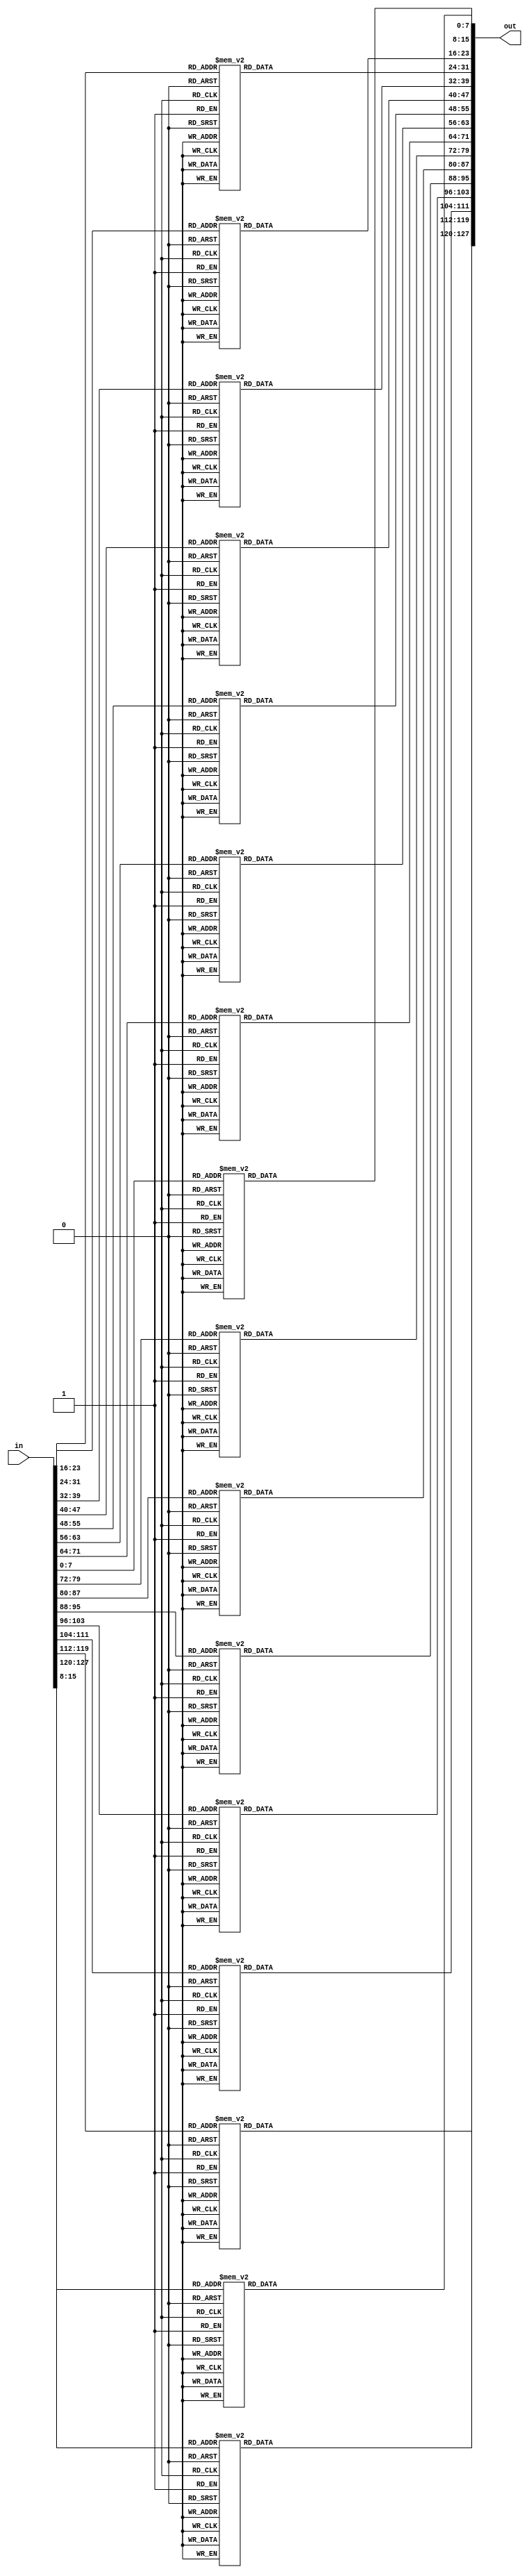
module SubBytes #(parameter numbytes = 5'd16) (input [(8*numbytes - 1):0] in, output reg [(8*numbytes-1):0] out);
    integer i;
    reg [7:0] address;
    always@(*) begin
        for(i = 0; i < numbytes; i = i + 1) begin
            address = in[i*8 +: 8];
            case (address)
                8'h0 : out[i*8+:8] = 8'h63;
                8'h1 : out[i*8+:8] = 8'h7C;
                8'h2 : out[i*8+:8] = 8'h77;
                8'h3 : out[i*8+:8] = 8'h7B;
                8'h4 : out[i*8+:8] = 8'hF2;
                8'h5 : out[i*8+:8] = 8'h6B;
                8'h6 : out[i*8+:8] = 8'h6F;
                8'h7 : out[i*8+:8] = 8'hC5;
                8'h8 : out[i*8+:8] = 8'h30;
                8'h9 : out[i*8+:8] = 8'h1;
                8'hA : out[i*8+:8] = 8'h67;
                8'hB : out[i*8+:8] = 8'h2B;
                8'hC : out[i*8+:8] = 8'hFE;
                8'hD : out[i*8+:8] = 8'hD7;
                8'hE : out[i*8+:8] = 8'hAB;
                8'hF : out[i*8+:8] = 8'h76;
                8'h10 : out[i*8+:8] = 8'hCA;
                8'h11 : out[i*8+:8] = 8'h82;
                8'h12 : out[i*8+:8] = 8'hC9;
                8'h13 : out[i*8+:8] = 8'h7D;
                8'h14 : out[i*8+:8] = 8'hFA;
                8'h15 : out[i*8+:8] = 8'h59;
                8'h16 : out[i*8+:8] = 8'h47;
                8'h17 : out[i*8+:8] = 8'hF0;
                8'h18 : out[i*8+:8] = 8'hAD;
                8'h19 : out[i*8+:8] = 8'hD4;
                8'h1A : out[i*8+:8] = 8'hA2;
                8'h1B : out[i*8+:8] = 8'hAF;
                8'h1C : out[i*8+:8] = 8'h9C;
                8'h1D : out[i*8+:8] = 8'hA4;
                8'h1E : out[i*8+:8] = 8'h72;
                8'h1F : out[i*8+:8] = 8'hC0;
                8'h20 : out[i*8+:8] = 8'hB7;
                8'h21 : out[i*8+:8] = 8'hFD;
                8'h22 : out[i*8+:8] = 8'h93;
                8'h23 : out[i*8+:8] = 8'h26;
                8'h24 : out[i*8+:8] = 8'h36;
                8'h25 : out[i*8+:8] = 8'h3F;
                8'h26 : out[i*8+:8] = 8'hF7;
                8'h27 : out[i*8+:8] = 8'hCC;
                8'h28 : out[i*8+:8] = 8'h34;
                8'h29 : out[i*8+:8] = 8'hA5;
                8'h2A : out[i*8+:8] = 8'hE5;
                8'h2B : out[i*8+:8] = 8'hF1;
                8'h2C : out[i*8+:8] = 8'h71;
                8'h2D : out[i*8+:8] = 8'hD8;
                8'h2E : out[i*8+:8] = 8'h31;
                8'h2F : out[i*8+:8] = 8'h15;
                8'h30 : out[i*8+:8] = 8'h4;
                8'h31 : out[i*8+:8] = 8'hC7;
                8'h32 : out[i*8+:8] = 8'h23;
                8'h33 : out[i*8+:8] = 8'hC3;
                8'h34 : out[i*8+:8] = 8'h18;
                8'h35 : out[i*8+:8] = 8'h96;
                8'h36 : out[i*8+:8] = 8'h5;
                8'h37 : out[i*8+:8] = 8'h9A;
                8'h38 : out[i*8+:8] = 8'h7;
                8'h39 : out[i*8+:8] = 8'h12;
                8'h3A : out[i*8+:8] = 8'h80;
                8'h3B : out[i*8+:8] = 8'hE2;
                8'h3C : out[i*8+:8] = 8'hEB;
                8'h3D : out[i*8+:8] = 8'h27;
                8'h3E : out[i*8+:8] = 8'hB2;
                8'h3F : out[i*8+:8] = 8'h75;
                8'h40 : out[i*8+:8] = 8'h9;
                8'h41 : out[i*8+:8] = 8'h83;
                8'h42 : out[i*8+:8] = 8'h2C;
                8'h43 : out[i*8+:8] = 8'h1A;
                8'h44 : out[i*8+:8] = 8'h1B;
                8'h45 : out[i*8+:8] = 8'h6E;
                8'h46 : out[i*8+:8] = 8'h5A;
                8'h47 : out[i*8+:8] = 8'hA0;
                8'h48 : out[i*8+:8] = 8'h52;
                8'h49 : out[i*8+:8] = 8'h3B;
                8'h4A : out[i*8+:8] = 8'hD6;
                8'h4B : out[i*8+:8] = 8'hB3;
                8'h4C : out[i*8+:8] = 8'h29;
                8'h4D : out[i*8+:8] = 8'hE3;
                8'h4E : out[i*8+:8] = 8'h2F;
                8'h4F : out[i*8+:8] = 8'h84;
                8'h50 : out[i*8+:8] = 8'h53;
                8'h51 : out[i*8+:8] = 8'hD1;
                8'h52 : out[i*8+:8] = 8'h0;
                8'h53 : out[i*8+:8] = 8'hED;
                8'h54 : out[i*8+:8] = 8'h20;
                8'h55 : out[i*8+:8] = 8'hFC;
                8'h56 : out[i*8+:8] = 8'hB1;
                8'h57 : out[i*8+:8] = 8'h5B;
                8'h58 : out[i*8+:8] = 8'h6A;
                8'h59 : out[i*8+:8] = 8'hCB;
                8'h5A : out[i*8+:8] = 8'hBE;
                8'h5B : out[i*8+:8] = 8'h39;
                8'h5C : out[i*8+:8] = 8'h4A;
                8'h5D : out[i*8+:8] = 8'h4C;
                8'h5E : out[i*8+:8] = 8'h58;
                8'h5F : out[i*8+:8] = 8'hCF;
                8'h60 : out[i*8+:8] = 8'hD0;
                8'h61 : out[i*8+:8] = 8'hEF;
                8'h62 : out[i*8+:8] = 8'hAA;
                8'h63 : out[i*8+:8] = 8'hFB;
                8'h64 : out[i*8+:8] = 8'h43;
                8'h65 : out[i*8+:8] = 8'h4D;
                8'h66 : out[i*8+:8] = 8'h33;
                8'h67 : out[i*8+:8] = 8'h85;
                8'h68 : out[i*8+:8] = 8'h45;
                8'h69 : out[i*8+:8] = 8'hF9;
                8'h6A : out[i*8+:8] = 8'h2;
                8'h6B : out[i*8+:8] = 8'h7F;
                8'h6C : out[i*8+:8] = 8'h50;
                8'h6D : out[i*8+:8] = 8'h3C;
                8'h6E : out[i*8+:8] = 8'h9F;
                8'h6F : out[i*8+:8] = 8'hA8;
                8'h70 : out[i*8+:8] = 8'h51;
                8'h71 : out[i*8+:8] = 8'hA3;
                8'h72 : out[i*8+:8] = 8'h40;
                8'h73 : out[i*8+:8] = 8'h8F;
                8'h74 : out[i*8+:8] = 8'h92;
                8'h75 : out[i*8+:8] = 8'h9D;
                8'h76 : out[i*8+:8] = 8'h38;
                8'h77 : out[i*8+:8] = 8'hF5;
                8'h78 : out[i*8+:8] = 8'hBC;
                8'h79 : out[i*8+:8] = 8'hB6;
                8'h7A : out[i*8+:8] = 8'hDA;
                8'h7B : out[i*8+:8] = 8'h21;
                8'h7C : out[i*8+:8] = 8'h10;
                8'h7D : out[i*8+:8] = 8'hFF;
                8'h7E : out[i*8+:8] = 8'hF3;
                8'h7F : out[i*8+:8] = 8'hD2;
                8'h80 : out[i*8+:8] = 8'hCD;
                8'h81 : out[i*8+:8] = 8'hC;
                8'h82 : out[i*8+:8] = 8'h13;
                8'h83 : out[i*8+:8] = 8'hEC;
                8'h84 : out[i*8+:8] = 8'h5F;
                8'h85 : out[i*8+:8] = 8'h97;
                8'h86 : out[i*8+:8] = 8'h44;
                8'h87 : out[i*8+:8] = 8'h17;
                8'h88 : out[i*8+:8] = 8'hC4;
                8'h89 : out[i*8+:8] = 8'hA7;
                8'h8A : out[i*8+:8] = 8'h7E;
                8'h8B : out[i*8+:8] = 8'h3D;
                8'h8C : out[i*8+:8] = 8'h64;
                8'h8D : out[i*8+:8] = 8'h5D;
                8'h8E : out[i*8+:8] = 8'h19;
                8'h8F : out[i*8+:8] = 8'h73;
                8'h90 : out[i*8+:8] = 8'h60;
                8'h91 : out[i*8+:8] = 8'h81;
                8'h92 : out[i*8+:8] = 8'h4F;
                8'h93 : out[i*8+:8] = 8'hDC;
                8'h94 : out[i*8+:8] = 8'h22;
                8'h95 : out[i*8+:8] = 8'h2A;
                8'h96 : out[i*8+:8] = 8'h90;
                8'h97 : out[i*8+:8] = 8'h88;
                8'h98 : out[i*8+:8] = 8'h46;
                8'h99 : out[i*8+:8] = 8'hEE;
                8'h9A : out[i*8+:8] = 8'hB8;
                8'h9B : out[i*8+:8] = 8'h14;
                8'h9C : out[i*8+:8] = 8'hDE;
                8'h9D : out[i*8+:8] = 8'h5E;
                8'h9E : out[i*8+:8] = 8'hB;
                8'h9F : out[i*8+:8] = 8'hDB;
                8'hA0 : out[i*8+:8] = 8'hE0;
                8'hA1 : out[i*8+:8] = 8'h32;
                8'hA2 : out[i*8+:8] = 8'h3A;
                8'hA3 : out[i*8+:8] = 8'hA;
                8'hA4 : out[i*8+:8] = 8'h49;
                8'hA5 : out[i*8+:8] = 8'h6;
                8'hA6 : out[i*8+:8] = 8'h24;
                8'hA7 : out[i*8+:8] = 8'h5C;
                8'hA8 : out[i*8+:8] = 8'hC2;
                8'hA9 : out[i*8+:8] = 8'hD3;
                8'hAA : out[i*8+:8] = 8'hAC;
                8'hAB : out[i*8+:8] = 8'h62;
                8'hAC : out[i*8+:8] = 8'h91;
                8'hAD : out[i*8+:8] = 8'h95;
                8'hAE : out[i*8+:8] = 8'hE4;
                8'hAF : out[i*8+:8] = 8'h79;
                8'hB0 : out[i*8+:8] = 8'hE7;
                8'hB1 : out[i*8+:8] = 8'hC8;
                8'hB2 : out[i*8+:8] = 8'h37;
                8'hB3 : out[i*8+:8] = 8'h6D;
                8'hB4 : out[i*8+:8] = 8'h8D;
                8'hB5 : out[i*8+:8] = 8'hD5;
                8'hB6 : out[i*8+:8] = 8'h4E;
                8'hB7 : out[i*8+:8] = 8'hA9;
                8'hB8 : out[i*8+:8] = 8'h6C;
                8'hB9 : out[i*8+:8] = 8'h56;
                8'hBA : out[i*8+:8] = 8'hF4;
                8'hBB : out[i*8+:8] = 8'hEA;
                8'hBC : out[i*8+:8] = 8'h65;
                8'hBD : out[i*8+:8] = 8'h7A;
                8'hBE : out[i*8+:8] = 8'hAE;
                8'hBF : out[i*8+:8] = 8'h8;
                8'hC0 : out[i*8+:8] = 8'hBA;
                8'hC1 : out[i*8+:8] = 8'h78;
                8'hC2 : out[i*8+:8] = 8'h25;
                8'hC3 : out[i*8+:8] = 8'h2E;
                8'hC4 : out[i*8+:8] = 8'h1C;
                8'hC5 : out[i*8+:8] = 8'hA6;
                8'hC6 : out[i*8+:8] = 8'hB4;
                8'hC7 : out[i*8+:8] = 8'hC6;
                8'hC8 : out[i*8+:8] = 8'hE8;
                8'hC9 : out[i*8+:8] = 8'hDD;
                8'hCA : out[i*8+:8] = 8'h74;
                8'hCB : out[i*8+:8] = 8'h1F;
                8'hCC : out[i*8+:8] = 8'h4B;
                8'hCD : out[i*8+:8] = 8'hBD;
                8'hCE : out[i*8+:8] = 8'h8B;
                8'hCF : out[i*8+:8] = 8'h8A;
                8'hD0 : out[i*8+:8] = 8'h70;
                8'hD1 : out[i*8+:8] = 8'h3E;
                8'hD2 : out[i*8+:8] = 8'hB5;
                8'hD3 : out[i*8+:8] = 8'h66;
                8'hD4 : out[i*8+:8] = 8'h48;
                8'hD5 : out[i*8+:8] = 8'h3;
                8'hD6 : out[i*8+:8] = 8'hF6;
                8'hD7 : out[i*8+:8] = 8'hE;
                8'hD8 : out[i*8+:8] = 8'h61;
                8'hD9 : out[i*8+:8] = 8'h35;
                8'hDA : out[i*8+:8] = 8'h57;
                8'hDB : out[i*8+:8] = 8'hB9;
                8'hDC : out[i*8+:8] = 8'h86;
                8'hDD : out[i*8+:8] = 8'hC1;
                8'hDE : out[i*8+:8] = 8'h1D;
                8'hDF : out[i*8+:8] = 8'h9E;
                8'hE0 : out[i*8+:8] = 8'hE1;
                8'hE1 : out[i*8+:8] = 8'hF8;
                8'hE2 : out[i*8+:8] = 8'h98;
                8'hE3 : out[i*8+:8] = 8'h11;
                8'hE4 : out[i*8+:8] = 8'h69;
                8'hE5 : out[i*8+:8] = 8'hD9;
                8'hE6 : out[i*8+:8] = 8'h8E;
                8'hE7 : out[i*8+:8] = 8'h94;
                8'hE8 : out[i*8+:8] = 8'h9B;
                8'hE9 : out[i*8+:8] = 8'h1E;
                8'hEA : out[i*8+:8] = 8'h87;
                8'hEB : out[i*8+:8] = 8'hE9;
                8'hEC : out[i*8+:8] = 8'hCE;
                8'hED : out[i*8+:8] = 8'h55;
                8'hEE : out[i*8+:8] = 8'h28;
                8'hEF : out[i*8+:8] = 8'hDF;
                8'hF0 : out[i*8+:8] = 8'h8C;
                8'hF1 : out[i*8+:8] = 8'hA1;
                8'hF2 : out[i*8+:8] = 8'h89;
                8'hF3 : out[i*8+:8] = 8'hD;
                8'hF4 : out[i*8+:8] = 8'hBF;
                8'hF5 : out[i*8+:8] = 8'hE6;
                8'hF6 : out[i*8+:8] = 8'h42;
                8'hF7 : out[i*8+:8] = 8'h68;
                8'hF8 : out[i*8+:8] = 8'h41;
                8'hF9 : out[i*8+:8] = 8'h99;
                8'hFA : out[i*8+:8] = 8'h2D;
                8'hFB : out[i*8+:8] = 8'hF;
                8'hFC : out[i*8+:8] = 8'hB0;
                8'hFD : out[i*8+:8] = 8'h54;
                8'hFE : out[i*8+:8] = 8'hBB;
                8'hFF : out[i*8+:8] = 8'h16;
                default : out[i*8+:8] = 8'h0;
            endcase
        end
    end
endmodule